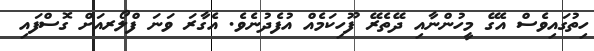
ހިތުގައިވެސް އެގޭ މީހުންނާއި ދޭތެރޭ ފޫހިކަމެއް އުފެދުނެވެ. އެގާރަ ވަނަ ފްލޯރއަށް ގޮސްފައި